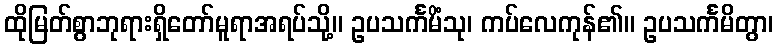
ထိုမြတ်စွာဘုရားရှိတော်မူရာအရပ်သို့။ ဥပသင်္ကမိံသု၊ ကပ်လေကုန်၏။ ဥပသင်္ကမိတွာ၊